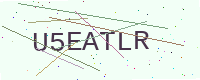
Text: U5EATLR